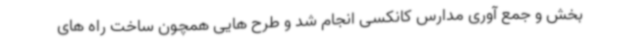
بخش و جمع آوری مدارس کانکسی انجام شد و طرح هایی همچون ساخت راه های